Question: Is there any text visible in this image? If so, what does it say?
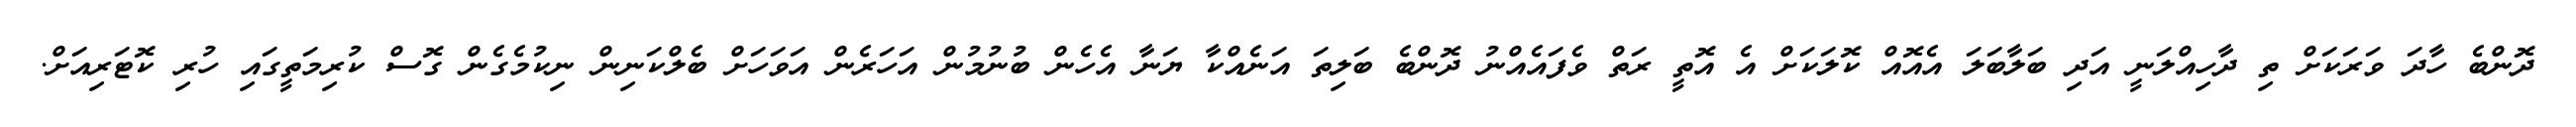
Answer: ދޮންބެ ހާދަ ވަރަކަށް ތި ދާހިއްލަނީ އަދި ބަލާބަލަ އެއޮއް ކޮލަކަށް އެ އޮތީ ރަތް ވެފައެއްނު ދޮންބެ ބަލިތަ އަނެއްކާ ޔަނާ އެހެން ބުނުމުން އަހަރެން އަވަހަށް ބެލްކަނިން ނިކުމެގެން ގޮސް ކުރިމަތީގައި ހުރި ކޮޓަރިއަށް.